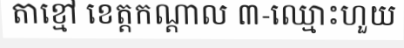
តាខ្មៅ ខេត្តកណ្តាល ៣-ឈ្មោះហួយ